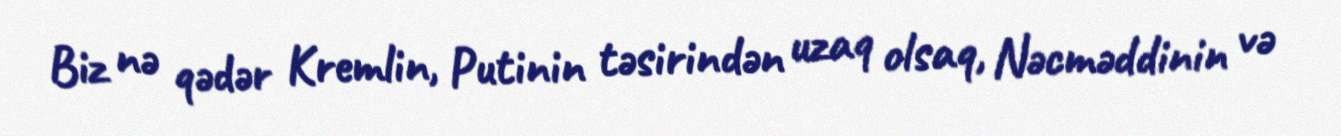
Biz nə qədər Kremlin, Putinin təsirindən uzaq olsaq, Nəcməddinin və